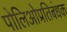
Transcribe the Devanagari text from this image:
पोलिओप्रतिबंधक